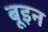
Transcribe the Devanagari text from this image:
बूइन